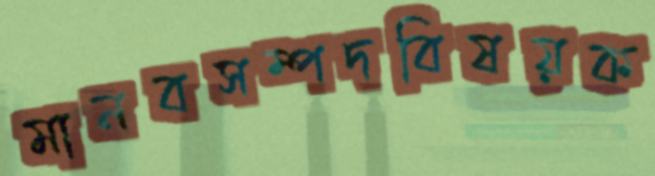
মানবসম্পদবিষয়ক